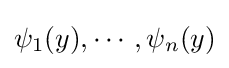
\psi _{1}(y),\cdots ,\psi _{n}(y)